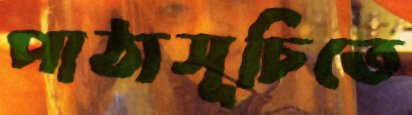
পাঠ্যসূচিতে